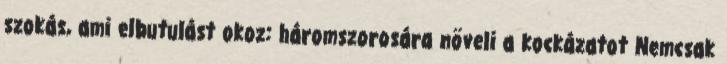
szokás, ami elbutulást okoz: háromszorosára növeli a kockázatot Nemcsak